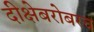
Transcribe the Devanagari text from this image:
दीक्षेबरोबरच